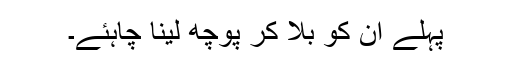
پہلے ان کو بلا کر پوچھ لینا چاہئے۔